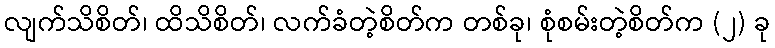
လျက်သိစိတ်၊ ထိသိစိတ်၊ လက်ခံတဲ့စိတ်က တစ်ခု၊ စုံစမ်းတဲ့စိတ်က (၂) ခု